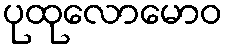
ပုထုလောမောဝ